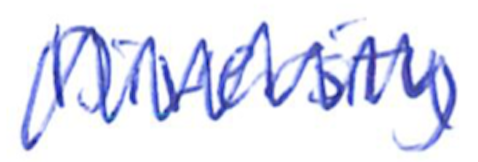
Text: Diversity
Cross-out: zig-zag
Writing tool: ballpoint